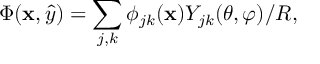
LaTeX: \Phi ( { \bf x } , \hat { y } ) = \sum _ { j , k } \phi _ { j k } ( { \bf x } ) Y _ { j k } ( \theta , \varphi ) / R ,